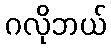
ဂလိုဘယ်